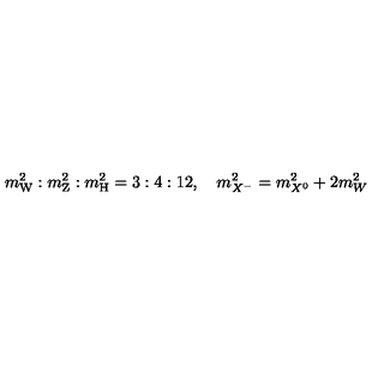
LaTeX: m _ { \mathrm { W } } ^ { 2 } : m _ { \mathrm { Z } } ^ { 2 } : m _ { \mathrm { H } } ^ { 2 } = 3 : 4 : 1 2 , \quad m _ { X ^ { - } } ^ { 2 } = m _ { X ^ { 0 } } ^ { 2 } + 2 m _ { W } ^ { 2 }